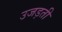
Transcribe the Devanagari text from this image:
उजड़ती